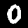
Digit: 0